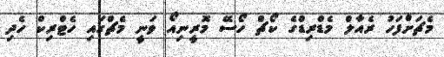
މެޗަށްފަހު ރެއާލް މެޑްރިޑްގެ ކޯޗް ހޯސޭ މޮރީނިއޯ ވަނީ މެޗްގައި ހެޓްރިކް ހެދި